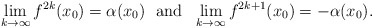
\begin{align*}\lim_{k\to\infty}f^{2k}(x_0)=\alpha(x_0)\ \ \mbox{and} \ \ \lim_{k\to\infty}f^{2k+1}(x_0)=-\alpha(x_0).\end{align*}